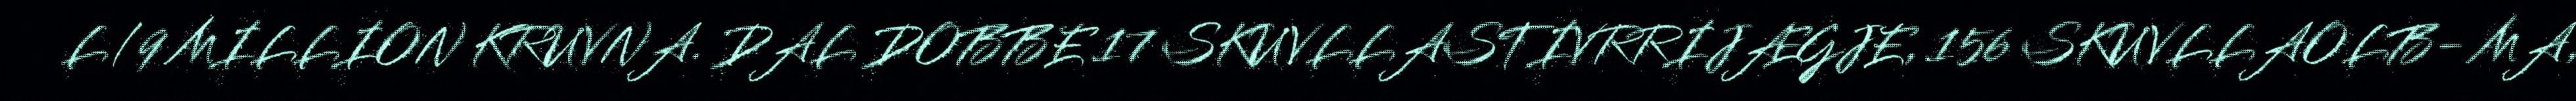
L/9 MILLION KRUVNA. DAL DOBBE 17 SKUVLLASTIVRRIJÆGJE, 156 SKUVLLAOLB- MA,